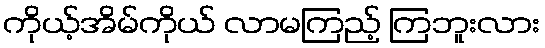
ကိုယ့်အိမ်ကိုယ် လာမကြည့် ကြဘူးလား